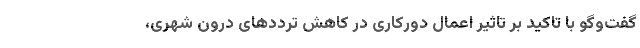
گفت‌وگو با تاکید بر تاثیر اعمال دورکاری در کاهش ترددهای درون شهری،